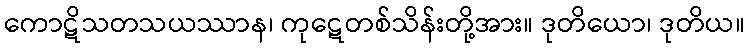
ကောဋိသတသယဿာန၊ ကုဋေတစ်သိန်းတို့အား။ ဒုတိယော၊ ဒုတိယ။